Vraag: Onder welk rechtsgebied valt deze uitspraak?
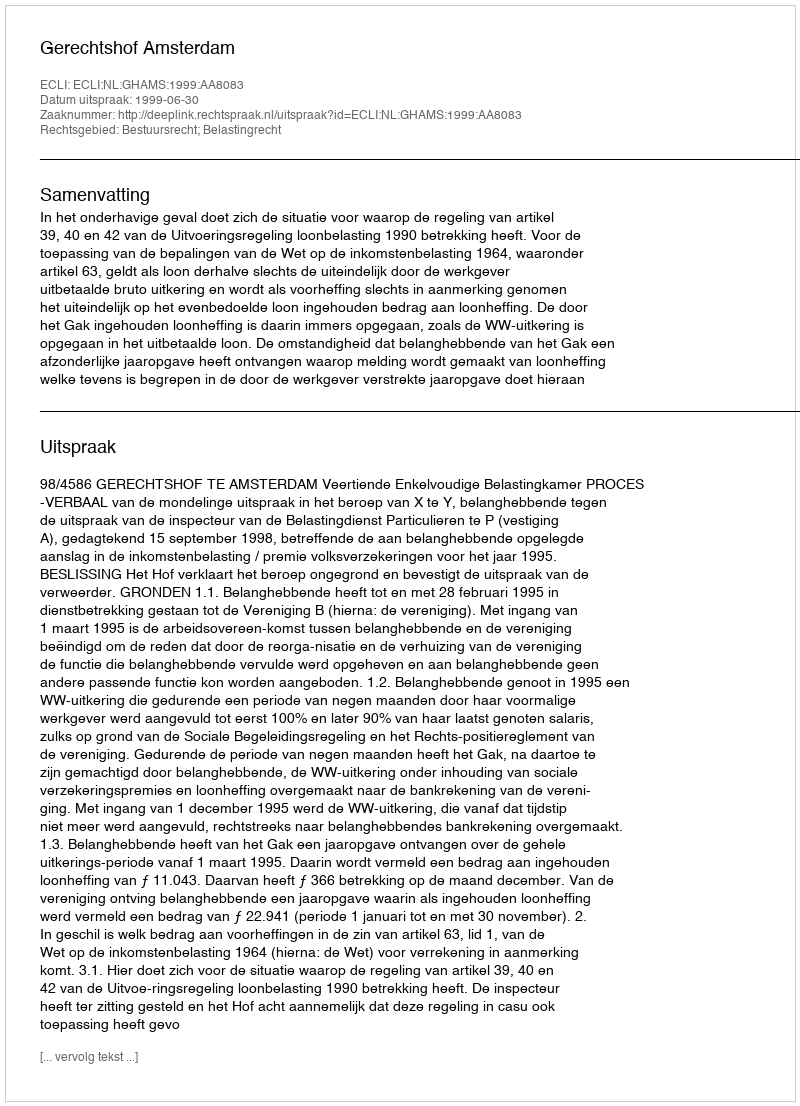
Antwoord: Bestuursrecht; Belastingrecht